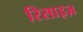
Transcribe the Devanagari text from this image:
रिसाइज़